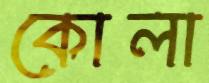
কোলা